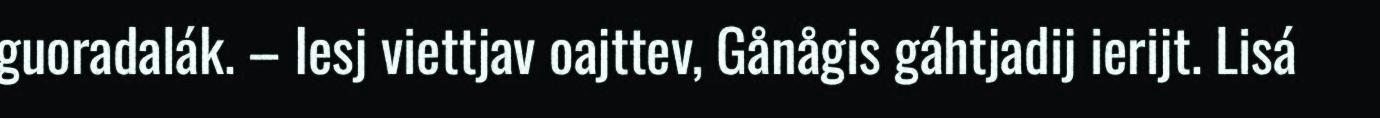
guoradalák. – Iesj viettjav oajttev, Gånågis gáhtjadij ierijt. Lisá